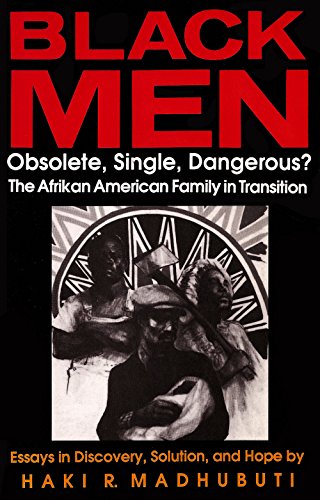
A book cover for Black Men, Obsolete, Single, Dangerous?: The Afrikan American Family in Transition; Haki R Madhubuti; Literature & Fiction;